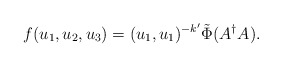
\begin{align*}f(u_1, u_2, u_3) = (u_1, u_1)^{-k'}\tilde\Phi(A^\dag A).\end{align*}